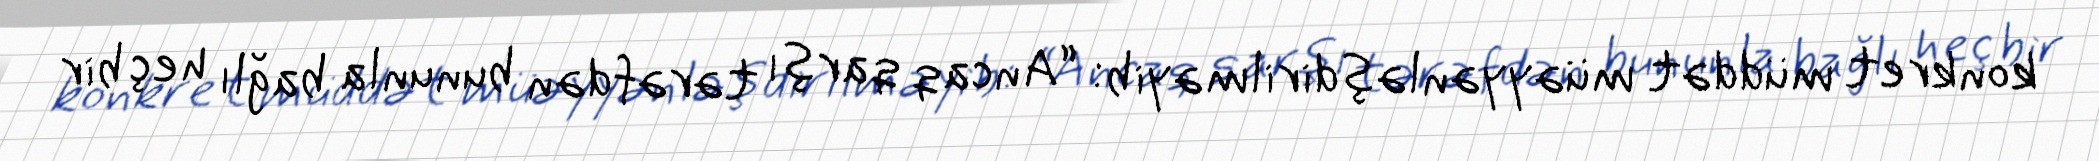
konkret müddət müəyyənləşdirilməyib: “Ancaq qarşı tərəfdən bununla bağlı heç bir